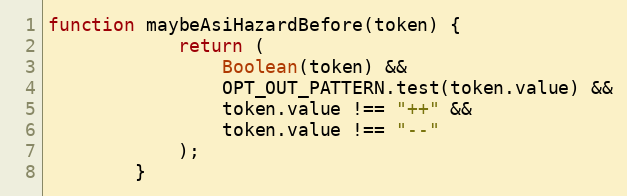
Language: JavaScript
function maybeAsiHazardBefore(token) {
            return (
                Boolean(token) &&
                OPT_OUT_PATTERN.test(token.value) &&
                token.value !== "++" &&
                token.value !== "--"
            );
        }